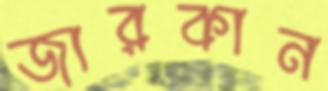
জারকান